Civil Veterinary Department Bengal reports 1923-33 - 1923-1933
Year: 1923
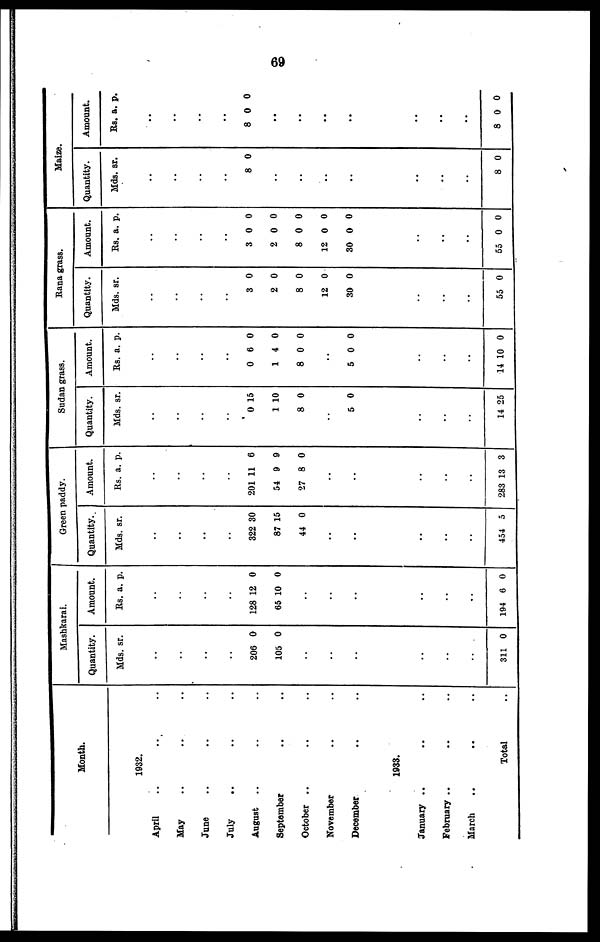
69
Month.
1932.
April .. .. ..
May .. .. ..
June .. .. ..
July .. .. ..
August .. .. ..
September .. ..
October .. .. ..
November .. ..
December .. ..
1933.
January .. .. ..
February .. .. ..
March .. .. ..
Total ..
Mashkarai.
Quantity.
Mds.
..
..
..
..
206
105
..
..
..
..
..
..
311
sr.
0
0
0
Amount.
Rs.
..
..
..
..
128
65
..
..
..
..
..
..
194
a.
12
10
6
p.
0
0
0
Green paddy.
Quantity.
Mds.
..
..
..
..
322
87
44
..
..
..
..
..
454
sr.
30
15
0
5
Amount.
Rs.
..
..
..
..
201
54
27
..
..
..
..
..
283
a.
11
9
8
13
p.
6
9
0
3
Sudan grass.
Quantity.
Mds.
..
..
..
..
0
1
8
..
5
..
..
..
14
sr.
15
10
0
0
25
Amount
.
Rs.
..
..
..
..
0
1
8
..
5
..
..
..
14 1
a.
6
4
0
0
0
p.
0
0
0
0
0
Rana grass.
Quantity.
Mds.
..
..
..
..
3
2
8
12
..
30
..
..
..
55
sr.
0
0
0
0
0
0
Amount
.
Rs.
..
..
..
..
3
2
8
12
..
30 0
..
..
..
55
a.
0
0
0
0
0
p.
0
0
0
0
0
0
Maize.
Quantity.
Mds.
..
..
..
..
8
..
..
..
..
..
..
..
..
8
sr.
0
0
Amount
.
Rs.
..
..
..
..
8
..
..
.
..
..
..
..
8
a.
0
.
0
p.
0
0